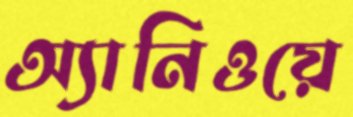
অ্যানিওয়ে